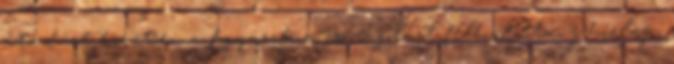
átadást követően a fogyasztó a csomagolást felbontotta; j hírlap,